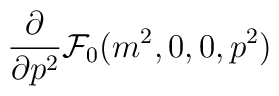
\frac{\partial}{\partial p^2} {\cal{F}}_0(m^2,0,0,p^2)